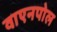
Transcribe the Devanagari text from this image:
वाएनपोल